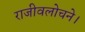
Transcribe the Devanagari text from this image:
राजीवलोचने।